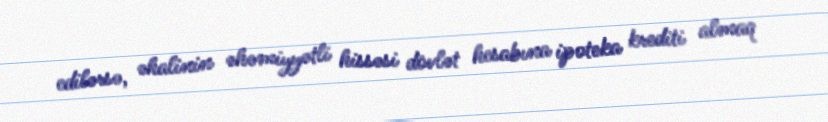
edilərsə, əhalinin əhəmiyyətli hissəsi dövlət hesabına ipoteka krediti almaq